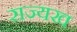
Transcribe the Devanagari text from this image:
राज्यख